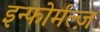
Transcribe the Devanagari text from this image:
इन्फोर्मल्ज़